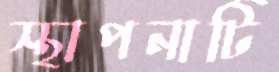
স্থাপনাটি